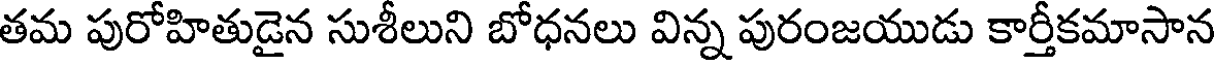
తమ పురోహితుడైన సుశీలుని బోధనలు విన్న పురంజయుడు కార్తీకమాసాన